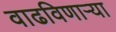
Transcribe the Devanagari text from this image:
वाढविणाऱ्या